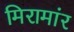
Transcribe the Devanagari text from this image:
मिरामांर